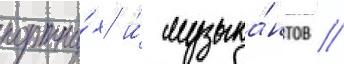
портны́х и́ музыка́нтов //